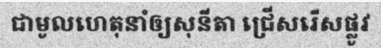
ជាមូលហេតុនាំឲ្យសុនីតា ជ្រើសរើសផ្លូវ